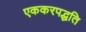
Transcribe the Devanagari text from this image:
एककरपद्धति